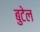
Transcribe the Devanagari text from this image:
बुटेल